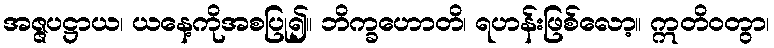
အဇ္ဇပဋ္ဌာယ၊ ယနေ့ကိုအစပြု၍။ ဘိက္ခဟောတိ၊ ရဟန်းဖြစ်လော့။ ဣတိဝတွာ၊